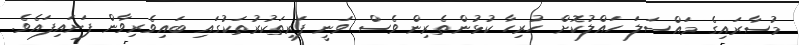
މުސާރައިގެ މައްސަލަ ހައްލުކޮށް ހުރިހާ ކުޅުންތެރިން ވެސް ވަނީ ފަރިތަކުރުތަކުގައި ބައިވެރިވާން ފަށައިފައެވެ.